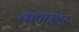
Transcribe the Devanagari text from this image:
कंपाउंडर